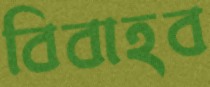
বিবাহব